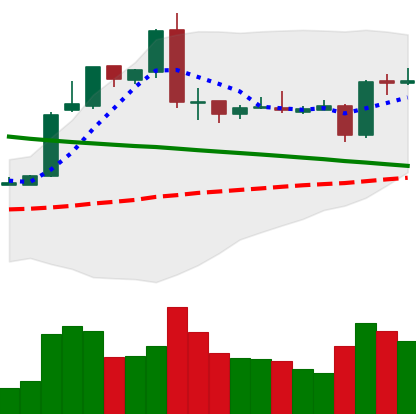
Ticker: EOS-USD
Chart end date: 2019-03-07
Forward return: -3.314%
Label: down_3_5